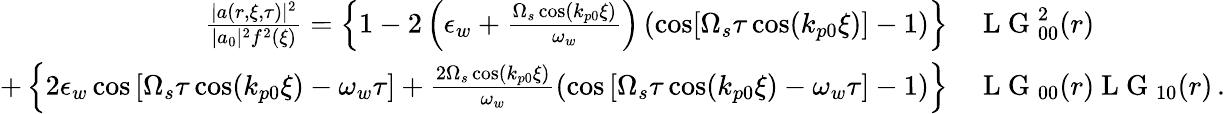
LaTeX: \begin{array}{rl}{\frac{|a(r,\xi,\tau)|^{2}}{|a_{0}|^{2}f^{2}(\xi)}=\left\{ 1-2\left(\epsilon_{w}+\frac{\Omega_{s}\cos(k_{p0}\xi)}{\omega_{w}}\right)\left(\cos[\Omega_{s}\tau\cos(k_{p0}\xi)]-1\right)\right\} }&{{}\mathrm{~L~G~}_{00}^{2}(r)}\\ {+\left\{ 2\epsilon_{w}\cos\left[\Omega_{s}\tau\cos(k_{p0}\xi)-\omega_{w}\tau\right]+\frac{2\Omega_{s}\cos(k_{p0}\xi)}{\omega_{w}}\left(\cos\left[\Omega_{s}\tau\cos(k_{p0}\xi)-\omega_{w}\tau\right]-1\right)\right\} }&{{}\mathrm{~L~G~}_{00}(r)\mathrm{~L~G~}_{10}(r)\, .}\end{array}